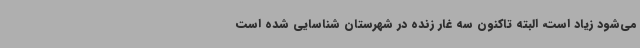
می‌شود زیاد است، البته تاکنون سه غار زنده در شهرستان شناسایی شده است